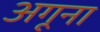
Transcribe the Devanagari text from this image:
अगूना